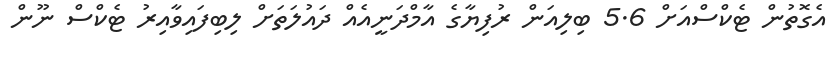
އެގޮތުން ޓެކްސްއަށް 5.6 ބިލިއަން ރުފިޔާގެ އާމްދަނީއެއް ދައުލަތަށް ލިބިފައިވާއިރު ޓެކްސް ނޫން